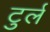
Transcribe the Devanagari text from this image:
टुर्ल